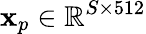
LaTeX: \boldsymbol{\mathbf{x}}_{p}\in\mathbb{{R}}^{S\times512}